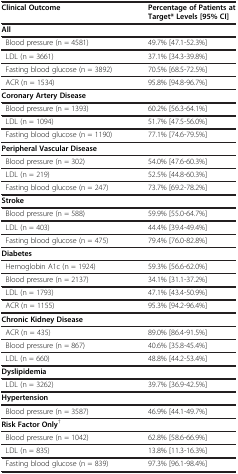
<table><thead><tr><td><b>Clinical Outcome</b></td><td><b>Percentage of Patients at Target* Levels [95% CI]</b></td></tr><tr><td><b>All</b></td><td><b> </b></td></tr></thead><tbody><tr><td> Blood pressure (n = 4581)</td><td>49.7% [47.1-52.3%]</td></tr><tr><td> LDL (n = 3661)</td><td>37.1% [34.3-39.8%]</td></tr><tr><td> Fasting blood glucose (n = 3892)</td><td>70.5% [68.5-72.5%]</td></tr><tr><td> ACR (n = 1534)</td><td>95.8% [94.8-96.7%]</td></tr><tr><td><b>Coronary Artery Disease</b></td><td> </td></tr><tr><td> Blood pressure (n = 1393)</td><td>60.2% [56.3-64.1%]</td></tr><tr><td> LDL (n = 1094)</td><td>51.7% [47.5-56.0%]</td></tr><tr><td> Fasting blood glucose (n = 1190)</td><td>77.1% [74.6-79.5%]</td></tr><tr><td><b>Peripheral Vascular Disease</b></td><td> </td></tr><tr><td> Blood pressure (n = 302)</td><td>54.0% [47.6-60.3%]</td></tr><tr><td> LDL (n = 219)</td><td>52.5% [44.8-60.3%]</td></tr><tr><td> Fasting blood glucose (n = 247)</td><td>73.7% [69.2-78.2%]</td></tr><tr><td><b>Stroke</b></td><td> </td></tr><tr><td> Blood pressure (n = 588)</td><td>59.9% [55.0-64.7%]</td></tr><tr><td> LDL (n = 403)</td><td>44.4% [39.4-49.4%]</td></tr><tr><td> Fasting blood glucose (n = 475)</td><td>79.4% [76.0-82.8%]</td></tr><tr><td><b>Diabetes</b></td><td> </td></tr><tr><td> Hemoglobin A1c (n = 1924)</td><td>59.3% [56.6-62.0%]</td></tr><tr><td> Blood pressure (n = 2137)</td><td>34.1% [31.1-37.2%]</td></tr><tr><td> LDL (n = 1793)</td><td>47.1% [43.4-50.9%]</td></tr><tr><td> ACR (n = 1155)</td><td>95.3% [94.2-96.4%]</td></tr><tr><td><b>Chronic Kidney Disease</b></td><td> </td></tr><tr><td> ACR (n = 435)</td><td>89.0% [86.4-91.5%]</td></tr><tr><td> Blood pressure (n = 867)</td><td>40.6% [35.8-45.4%]</td></tr><tr><td> LDL (n = 660)</td><td>48.8% [44.2-53.4%]</td></tr><tr><td><b>Dyslipidemia</b></td><td> </td></tr><tr><td> LDL (n = 3262)</td><td>39.7% [36.9-42.5%]</td></tr><tr><td><b>Hypertension</b></td><td> </td></tr><tr><td> Blood pressure (n = 3587)</td><td>46.9% [44.1-49.7%]</td></tr><tr><td><b>Risk Factor Only</b><sup>†</sup></td><td> </td></tr><tr><td> Blood pressure (n = 1042)</td><td>62.8% [58.6-66.9%]</td></tr><tr><td> LDL (n = 835)</td><td>13.8% [11.3-16.3%]</td></tr><tr><td> Fasting blood glucose (n = 839)</td><td>97.3% [96.1-98.4%]</td></tr></tbody></table>